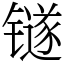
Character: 𬭼